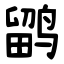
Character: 鹠